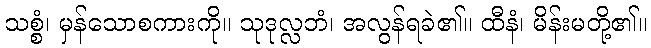
သစ္စံ၊ မှန်သောစကားကို။ သုဒုလ္လဘံ၊ အလွန်ရခဲ၏။ ထီနံ၊ မိန်းမတို့၏။